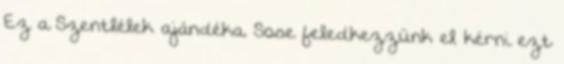
Ez a Szentlélek ajándéka. Sose feledkezzünk el kérni ezt